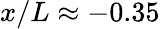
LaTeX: x/L\approx-0.35